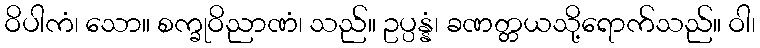
ဝိပါကံ၊ သော။ စက္ခုဝိညာဏံ၊ သည်။ ဥပ္ပန္နံ၊ ခဏတ္တယသို့ရောက်သည်။ ဝါ၊